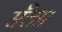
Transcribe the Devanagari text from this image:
सँलग्न